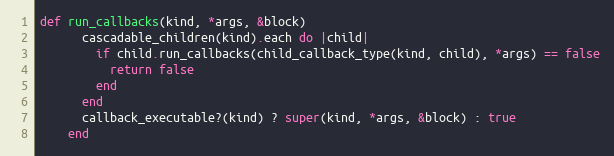
Language: Ruby
def run_callbacks(kind, *args, &block)
      cascadable_children(kind).each do |child|
        if child.run_callbacks(child_callback_type(kind, child), *args) == false
          return false
        end
      end
      callback_executable?(kind) ? super(kind, *args, &block) : true
    end